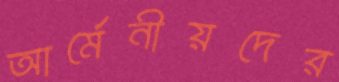
আর্মেনীয়দের